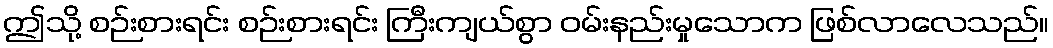
ဤသို့ စဉ်းစားရင်း စဉ်းစားရင်း ကြီးကျယ်စွာ ဝမ်းနည်းမှုသောက ဖြစ်လာလေသည်။